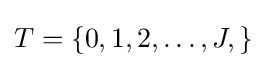
T=\{0,1,2,\ldots ,J,\}